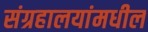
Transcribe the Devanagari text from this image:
संग्रहालयांमधील